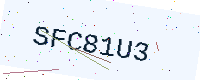
Text: SFC81U3